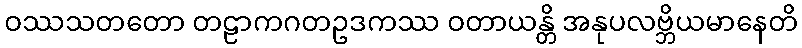
ဝဿသတတော တဠာကဂတဥဒကဿ ဝတာယန္တိ အနုပလဗ္ဘိယမာနေတိ